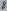
Text: 78